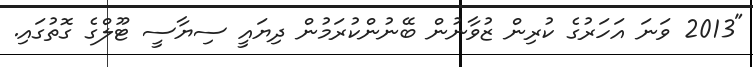
"2013 ވަނަ އަހަރުގެ ކުރިން ޒުވާނުން ބޭނުންކުރަމުން ދިޔައީ ސިޔާސީ ޓޫލްގެ ގޮތުގައި.